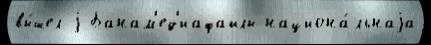
вы́шел j Банам'ед'иафайлы национа́льнаjа